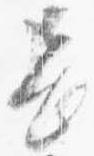
長